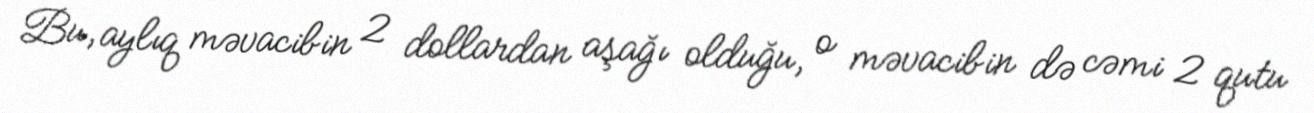
Bu, aylıq məvacibin 2 dollardan aşağı olduğu, o məvacibin də cəmi 2 qutu